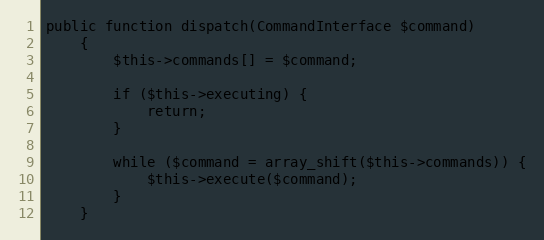
Language: PHP
public function dispatch(CommandInterface $command)
    {
        $this->commands[] = $command;

        if ($this->executing) {
            return;
        }

        while ($command = array_shift($this->commands)) {
            $this->execute($command);
        }
    }